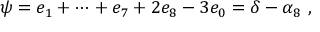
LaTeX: \psi = e _ { 1 } + \dots + e _ { 7 } + 2 e _ { 8 } - 3 e _ { 0 } = \delta - \alpha _ { 8 } \ ,